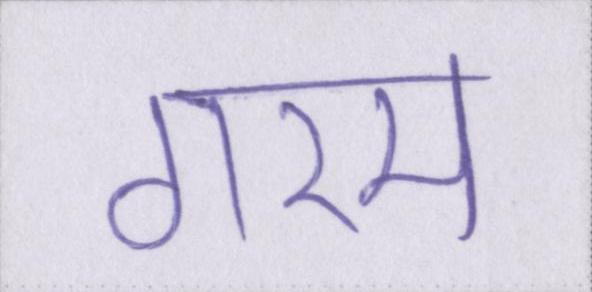
गरम